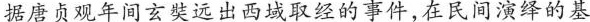
据唐贞观年间玄奘远出西域取经的事件，在民间演绎的基